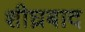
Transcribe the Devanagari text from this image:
शीघ्रबाद